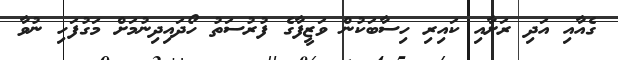
ގެއާއި އަދި ރަށާއި ކައިރި ހިސާބަކުން ވަޒީފާގެ ފުރުސަތު ހޯދައިދިނުމަށް މަގުފަހި ނުވާ